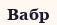
Вабр